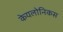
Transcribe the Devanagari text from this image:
केयलोनिकस